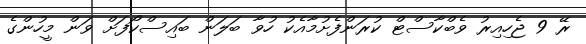
ރޭ 9 ޖެހިއިރު ވެބްކާސްޓް ކުރަންފެށުމާއެކު ހުވާ ބަލަން ބައިސްކޯފަށް ވަން މީހުންގެ